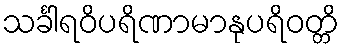
သင်္ခါရဝိပရိဏာမာနုပရိဝတ္တိ